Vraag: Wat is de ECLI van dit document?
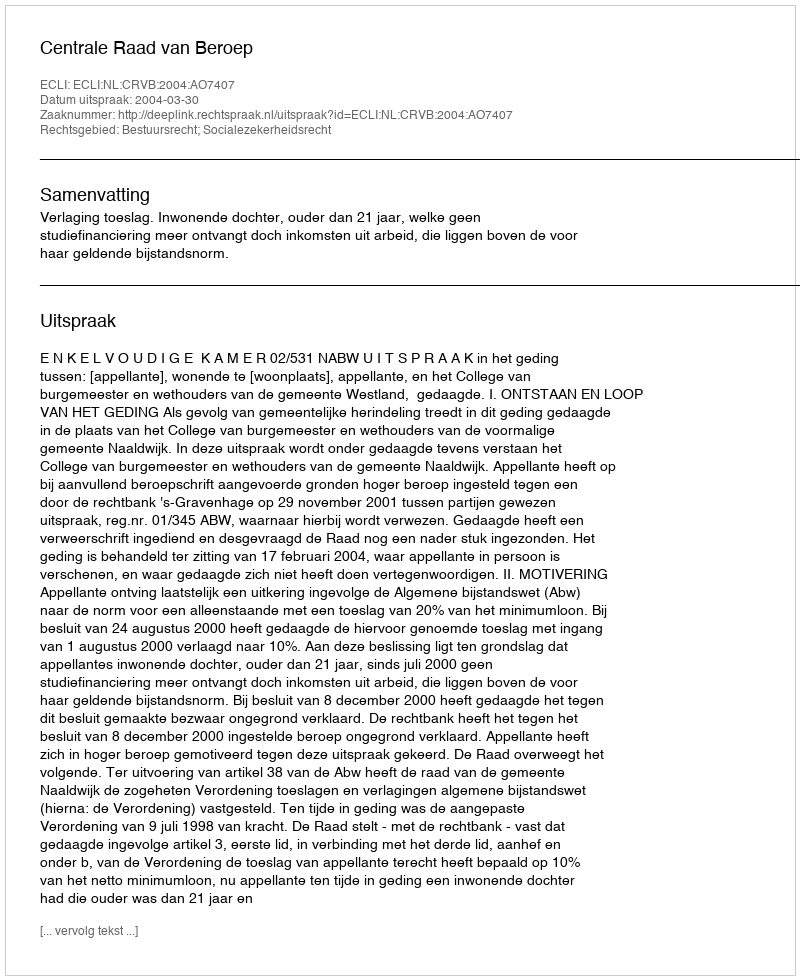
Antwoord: ECLI:NL:CRVB:2004:AO7407